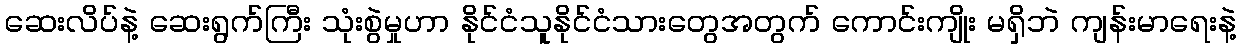
ဆေးလိပ်နဲ့ ဆေးရွက်ကြီး သုံးစွဲမှုဟာ နိုင်ငံသူနိုင်ငံသားတွေအတွက် ကောင်းကျိုး မရှိဘဲ ကျန်းမာရေးနဲ့